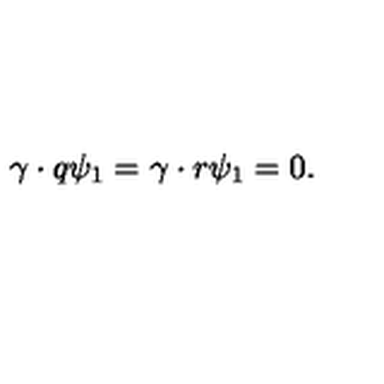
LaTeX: \gamma \cdot q \psi _ { 1 } = \gamma \cdot r \psi _ { 1 } = 0 .